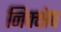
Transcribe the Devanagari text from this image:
निक्क्षेप